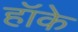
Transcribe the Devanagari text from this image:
हॉके